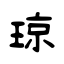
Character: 琼